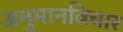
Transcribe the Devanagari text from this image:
अनुमानविचार